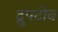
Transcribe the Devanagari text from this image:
द्रुपटोब